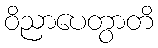
ဝိညာပေတွာတိ